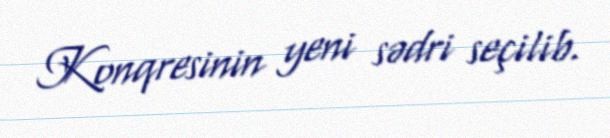
Konqresinin yeni sədri seçilib.